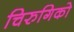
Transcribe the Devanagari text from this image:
चिरुगिको